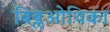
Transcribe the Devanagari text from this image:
बिब्लओथिका